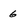
Character: 6